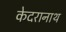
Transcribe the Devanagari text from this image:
केदरानाथ